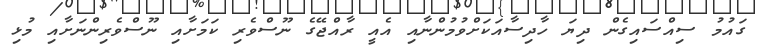
ގައުމު ސިއްސައިގެން ދިޔަ ހާދިސާއަކަށްވުމުންނާއި އެއީ ރާއްޖޭގެ ނޫސްވެރި ކަމަށާއި ނޫސްވެރިންނަށާއި މުޅި